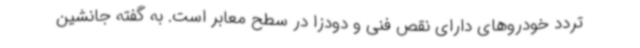
تردد خودروهای دارای نقص فنی و دودزا در سطح معابر است. به گفته جانشین